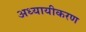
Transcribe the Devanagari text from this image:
अध्यायीकरण